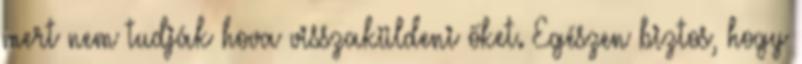
mert nem tudják hova visszaküldeni őket. Egészen biztos, hogy